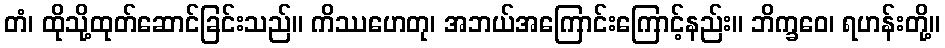
တံ၊ ထိုသို့ထုတ်ဆောင်ခြင်းသည်။ ကိဿဟေတု၊ အဘယ်အကြောင်းကြောင့်နည်း။ ဘိက္ခဝေ၊ ရဟန်းတို့။